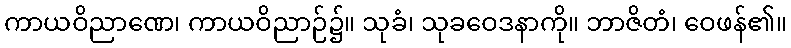
ကာယဝိညာဏေ၊ ကာယဝိညာဉ်၌။ သုခံ၊ သုခဝေဒနာကို။ ဘာဇိတံ၊ ဝေဖန်၏။